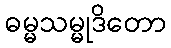
ဓမ္မသမ္မုဒိတော